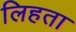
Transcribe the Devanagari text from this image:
लिहता